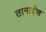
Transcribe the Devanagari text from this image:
तानाईस